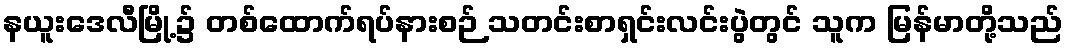
နယူးဒေလီမြို့၌ တစ်ထောက်ရပ်နားစဉ် သတင်းစာရှင်းလင်းပွဲတွင် သူက မြန်မာတို့သည်